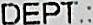
DEPT.: